Report of the Indian Hemp Drugs Commission, 1894-1895 - Volume VI
Year: 1894
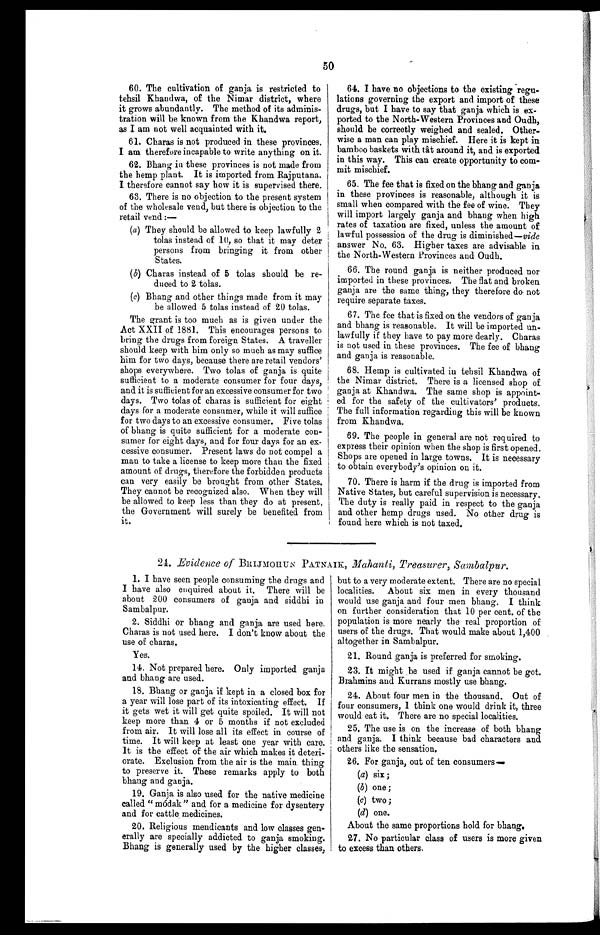
50
60. The cultivation of ganja is restricted to
tehsil Khandwa, of the Nimar district, where
it grows abundantly. The method of its adminis-
tration will be known from the Khandwa report,
as I am not well acquainted with it.
61. Charas is not produced in these provinces.
I am therefore incapable to write anything on it.
62. Bhang in these provinces is not made from
the hemp plant. It is imported from Rajputana.
I therefore cannot say how it is supervised there.
63. There is no objection to the present system
of the wholesale vend, but there is objection to the
retail vend :—
(a) They should be allowed to keep lawfully 2
tolas instead of 10, so that it may deter
persons from bringing it from other
States.
(b) Charas instead of 5 tolas should be re-
duced to 2 tolas.
(c) Bhang and other things made from it may
be allowed 5 tolas instead of 20 tolas.
The grant is too much as is given under the
Act XXII of 1881. This encourages persons to
bring the drugs from foreign States. A traveller
should keep with him only so much as may suffice
him for two days, because there are retail vendors'
shops everywhere. Two tolas of ganja is quite
sufficient to a moderate consumer for four days,
and it is sufficient for an excessive consumer for two
days. Two tolas of charas is sufficient for eight
days for a moderate consumer, while it will suffice
for two days to an excessive consumer. Five tolas
of bhang is quite sufficient for a moderate con-
sumer for eight days, and for four days for an ex-
cessive consumer. Present laws do not compel a
man to take a license to keep more than the fixed
amount of drugs, therefore the forbidden products
can very easily be brought from other States.
They cannot be recognized also. When they will
be allowed to keep less than they do at present,
the Government will surely be benefited from
it.
64. I have no objections to the existing regu-
lations governing the export and import of these
drugs, but I have to say that ganja which is ex-
ported to the North-Western Provinces and Oudh,
should be correctly weighed and sealed. Other-
wise a man can play mischief. Here it is kept in
bamboo baskets with tât around it, and is exported
in this way. This can create opportunity to com-
mit mischief.
65. The fee that is fixed on the bhang and ganja
in these provinces is reasonable, although it is
small when compared with the fee of wine. They
will import largely ganja and bhang when high
rates of taxation are fixed, unless the amount of
lawful possession of the drug is diminished— vide
answer No. 63. Higher taxes are advisable in
the North-Western Provinces and Oudh.
66. The round ganja is neither produced nor
imported in these provinces. The flat and broken
ganja are the same thing, they therefore do not
require separate taxes.
67. The fee that is fixed on the vendors of ganja
and bhang is reasonable. It will be imported un-
lawfully if they have to pay more dearly. Charas
is not used in these provinces. The fee of bhang
and ganja is reasonable.
68. Hemp is cultivated in tehsil Khandwa of
the Nimar district. There is a licensed shop of
ganja at Khandwa. The same shop is appoint-
ed for the safety of the cultivators' products.
The full information regarding this will be known
from Khandwa.
69. The people in general are not required to
express their opinion when the shop is first opened.
Shops are opened in large towns. It is necessary
to obtain everybody's opinion on it.
70. There is harm if the drug is imported from
Native States, but careful supervision is necessary.
The duty is really paid in respect to the ganja
and other hemp drugs used. No other drug is
found here which is not taxed.
24. Evidence of BRIJMOHUN PATNAIK, Mahanti, Treasurer, Sambalpur.
1. I have seen people consuming the drugs and
I have also enquired about it. There will be
about 200 consumers of ganja and siddhi in
Sambalpur.
2. Siddhi or bhang and ganja are used here.
Charas is not used here. I don't know about the
use of charas.
Yes.
14. Not prepared here. Only imported ganja
and bhang are used.
18. Bhang or ganja if kept in a closed box for
a year will lose part of its intoxicating effect. If
it gets wet it will get quite spoiled. It will not
keep more than 4 or 5 months if not excluded
from air. It will lose all its effect in course of
time. It will keep at least one year with care.
It is the effect of the air which makes it deteri-
orate. Exclusion from the air is the main. thing
to preserve it. These remarks apply to both
bhang and ganja.
19. Ganja is also used for the native medicine
called " módak " and for a medicine for dysentery
and for cattle medicines.
20. Religious mendicants and low classes gen-
erally are specially addicted to ganja smoking.
Bhang is generally used by the higher classes,
but to a very moderate extent. There are no special
localities. About six men in every thousand
would use ganja and four men bhang. I think
on further consideration that 10 per cent. of the
population is more nearly the real proportion of
users of the drugs. That would make about 1,400
altogether in Sambalpur.
21. Round ganja is preferred for smoking.
23. It might be used if ganja cannot be got.
Brahmins and Kurrans mostly use bhang.
24. About four men in the thousand. Out of
four consumers, I think one would drink it, three
would eat it. There are no special localities.
25. The use is on the increase of both bhang
and ganja. I think because bad characters and
others like the sensation.
26. For ganja, out of ten consumers—
(a) six ;
(b) one ;
(c) two ;
(d) one.
About the same proportions hold for bhang.
27. No particular class of users is more given
to excess than others.